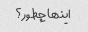
اینها چطور؟